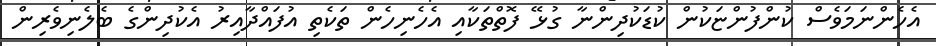
އެހެންނަމަވެސް ކުންފުންޏަކުން ކުޑަކުދިންނާ ގުޅޭ ފޮތްތަކާއި އެހެނިހެން ތަކެތި އުފައްދާއިރު އެކުދިންގެ ބެލެނިވެރިން